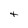
Character: t